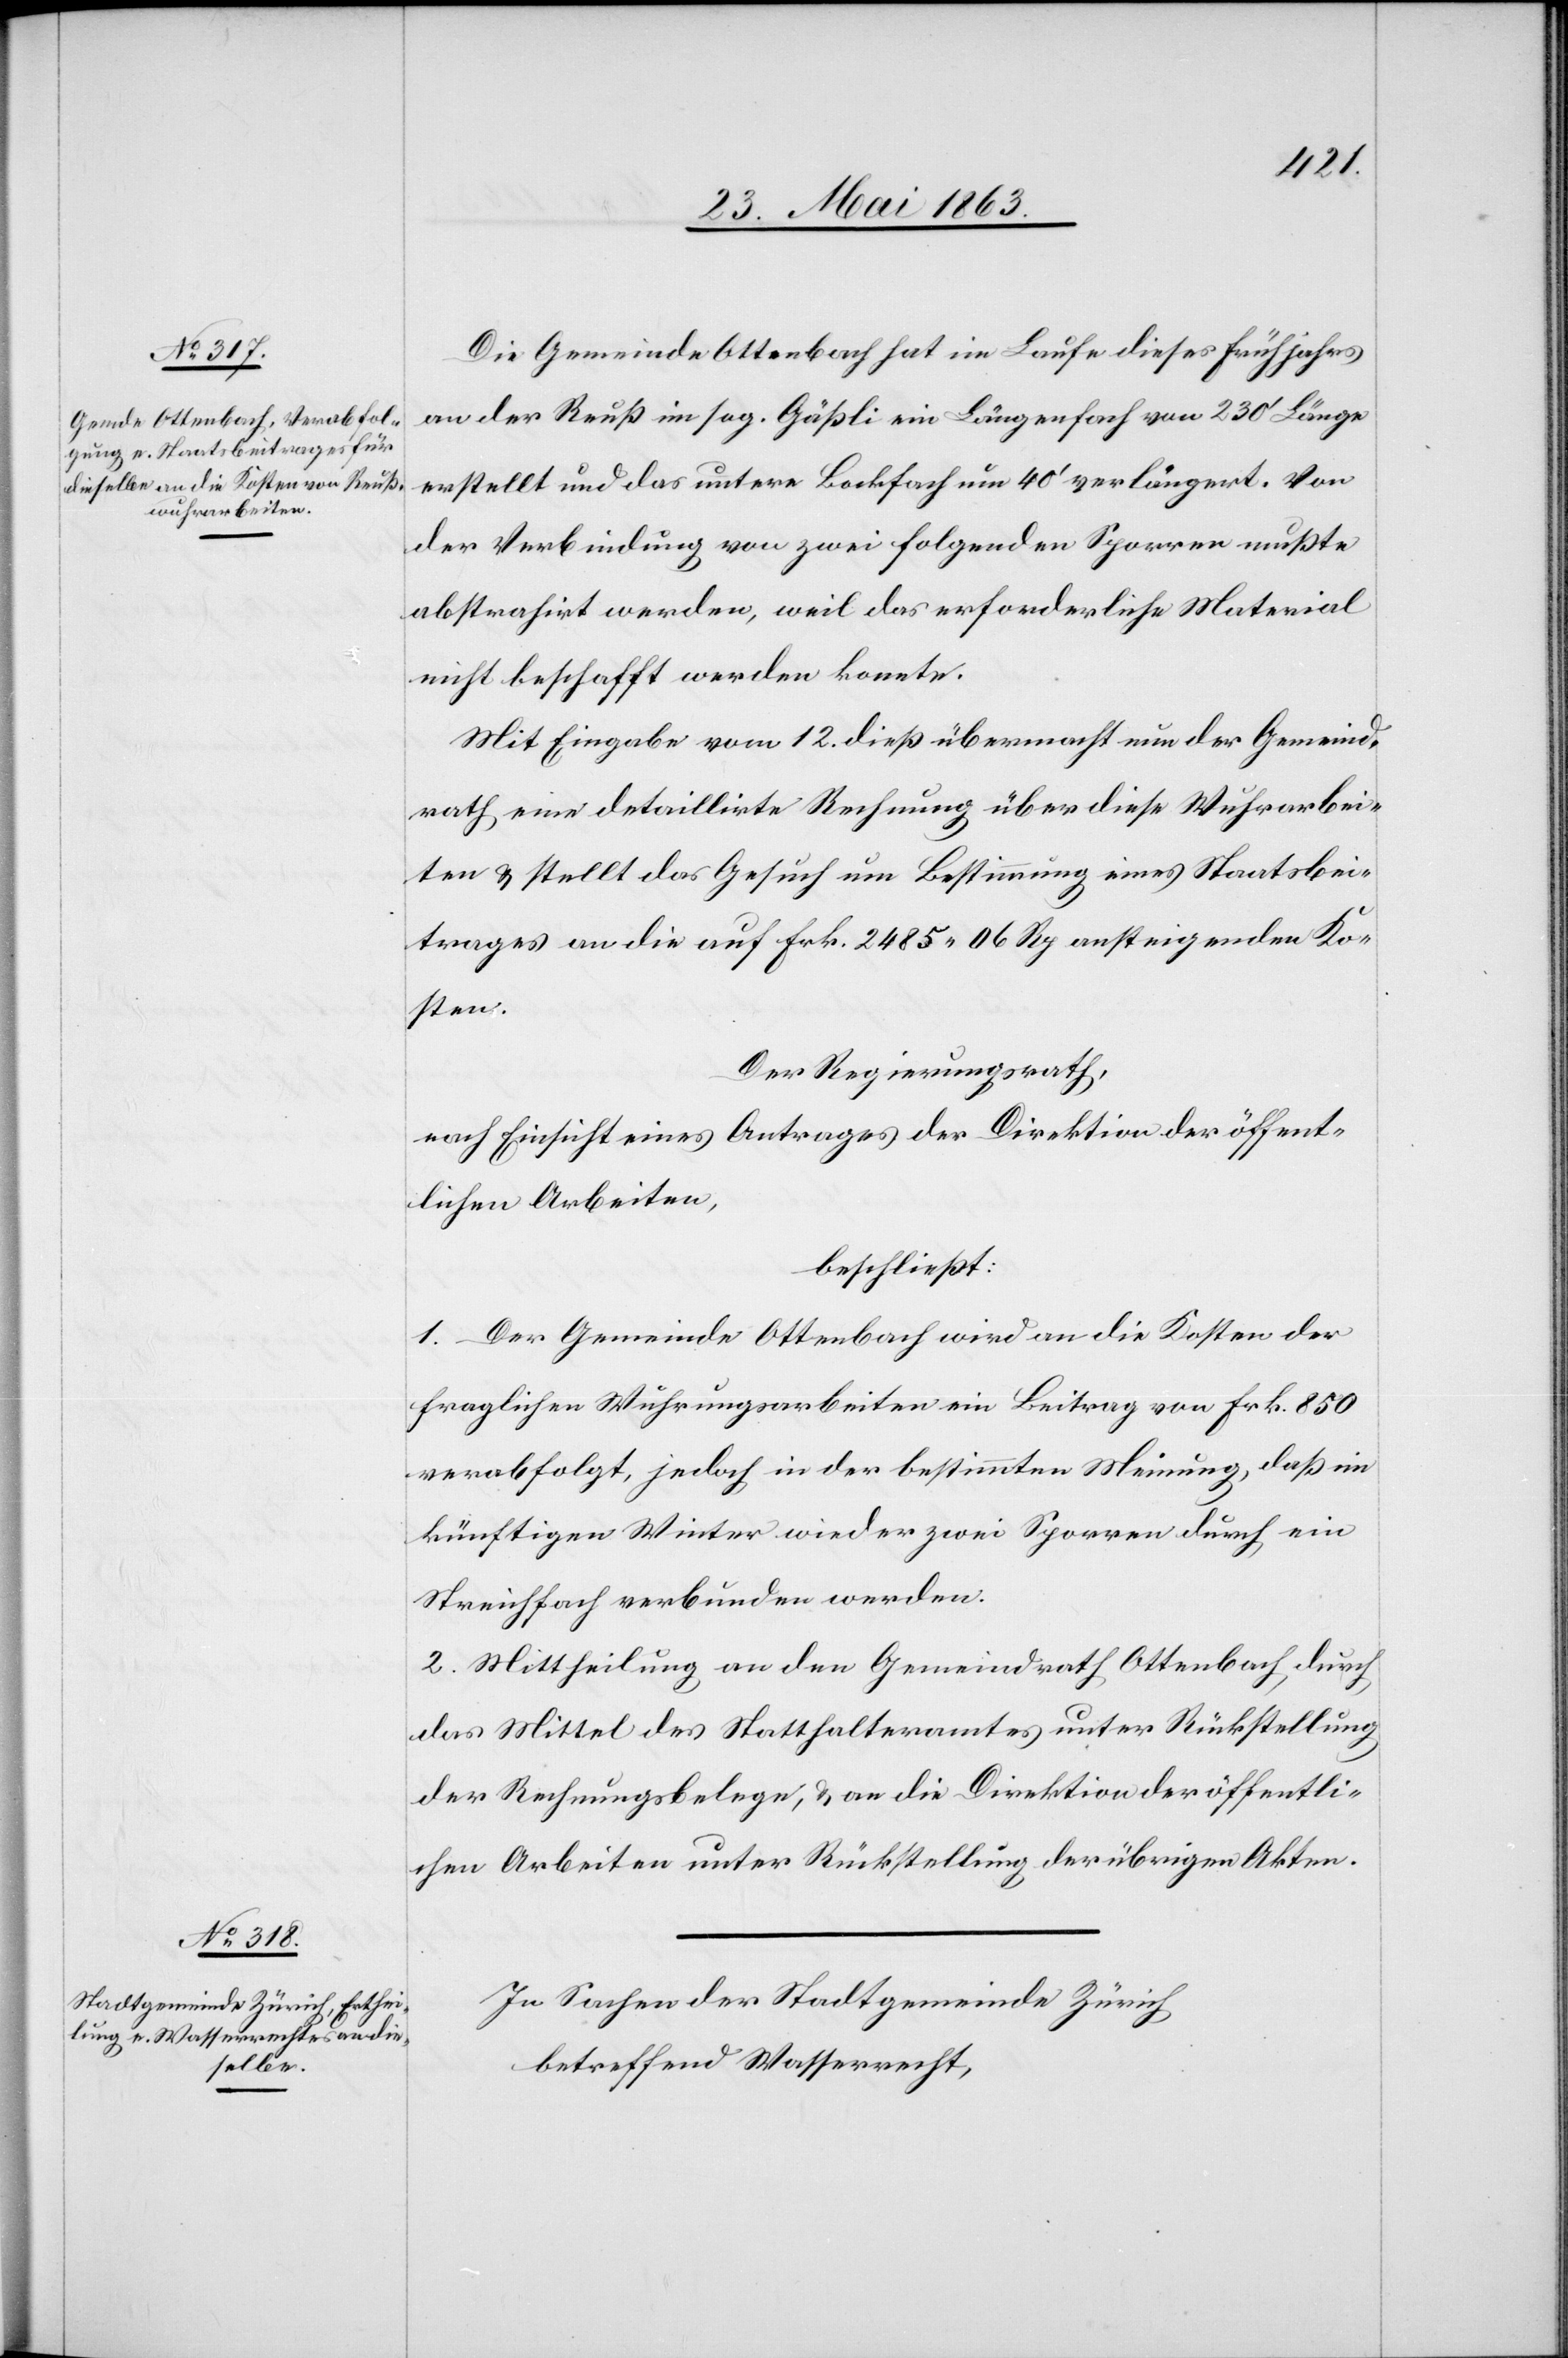
Die Gemeinde Ottenbach hat im Laufe dieses Frühjahres
an der Reuß im sog. Gäßli ein Längenfach von 230' Länge
erstellt und das untere Bockfach um 40' verlängert. Von
der Verbindung von zwei folgenden Sporren mußte
abstrahirt werden, weil das erforderliche Material
nicht beschafft werden konnte.
Mit Eingabe vom 12. dieß übermacht nun der Gemeind¬
rath eine detaillirte Rechnung über diese Wuhrarbei¬
ten & stellt das Gesuch um Bestimmung eines Staatsbei¬
trages an die auf Frk. 2485. 06 Rp ansteigenden Ko¬
sten.
Der Regierungsrath,
nach Einsicht eines Antrages der Direktion der öffent¬
lichen Arbeiten,
beschließt:
1. Der Gemeinde Ottenbach wird an die Kosten der
fraglichen Wuhrungsarbeiten ein Beitrag von Frk. 850
verabfolgt, jedoch in der bestimmten Meinung, daß im
künftigen Winter wieder zwei Sporren durch ein
Streichfach verbunden werden.
2. Mittheilung an den Gemeindrath Ottenbach durch
das Mittel des Statthalteramtes unter Rückstellung
der Rechnungsbelege, & an die Direktion der öffentli¬
chen Arbeiten unter Rückstellung der übrigen Akten.
In Sachen der Stadtgemeinde Zürich
betreffend Wasserrecht,